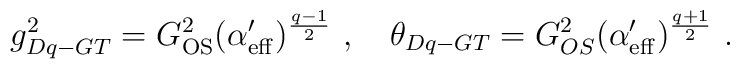
g^2_{Dq-GT}=G_{\rm OS}^2(\alpha'_{\rm eff})^{q-1\over2}\ ,\quad\theta_{Dq-GT}=G^{2}_{OS}(\alpha'_{\rm eff})^{\frac{q+1}{2}}\ .